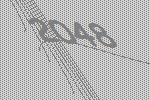
2048